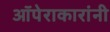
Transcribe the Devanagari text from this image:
ऑपेराकारांनी